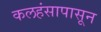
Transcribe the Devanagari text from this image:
कलहंसापासून